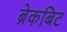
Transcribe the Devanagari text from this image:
ब्रेकबिट